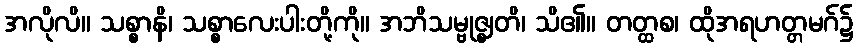
အလိုလိ။ သစ္စာနိ၊ သစ္စာလေးပါးတို့ကို။ အဘိသမ္ဗုဇ္ဈတိ၊ သိ၏။ တတ္ထစ၊ ထိုအရဟတ္တမဂ်၌